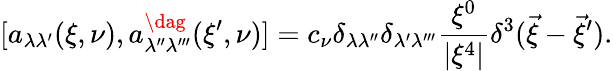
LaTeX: [a_{\lambda\lambda^{\prime}}(\xi,\nu),a_{\lambda^{\prime\prime}\lambda^{\prime\prime\prime}}^{\dag}(\xi^{\prime},\nu)]=c_{\nu}\delta_{\lambda\lambda^{\prime\prime}}\delta_{\lambda^{\prime}\lambda^{\prime\prime\prime}}\frac{\xi^{0}}{|\xi^{4}|}\delta^{3}(\vec{\xi}-\vec{\xi}^{\prime}).